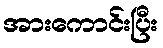
အားကောင်းပြီး